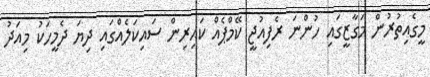
މީގެއިތުރުން މަގާޒީގައި ހުންނަ ރެފިއުޖީ ކޭމްޕެއް ކައިރިން ސައިކަލެއްގައި ދިޔަ ދެމީހަކު މިއަދު